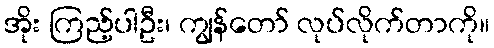
အိုး ကြည့်ပါဦး၊ ကျွန်တော် လုပ်လိုက်တာကို။